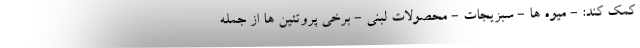
کمک کند: - میوه ها - سبزیجات - محصولات لبنی - برخی پروتئین ها از جمله